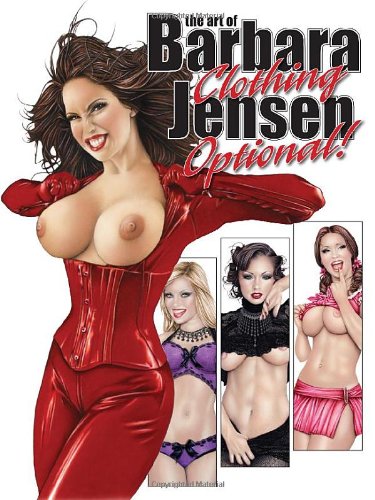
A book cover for The Art of Barbara Jensen: Clothing Optional!; Barbara Jensen; Comics & Graphic Novels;